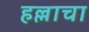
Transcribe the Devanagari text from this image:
हल्लाचा